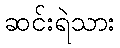
ဆင်းရဲသား